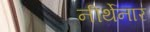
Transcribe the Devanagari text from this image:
नीर्थेनार